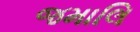
જમાલિ